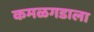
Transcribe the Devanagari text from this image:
कमळगडाला